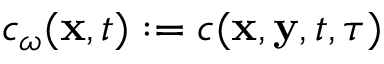
c _ { \omega } ( \mathbf x , t ) : = c ( \textbf x , \textbf y , t , \tau )